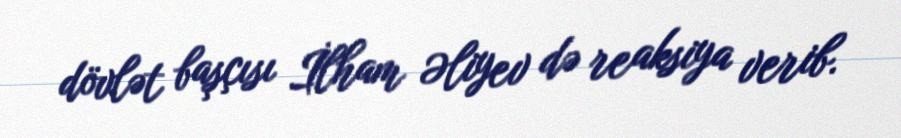
dövlət başçısı İlham Əliyev də reaksiya verib.